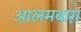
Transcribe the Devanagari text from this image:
आलमबाग़